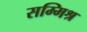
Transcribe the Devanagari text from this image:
सम्‍मिश्र